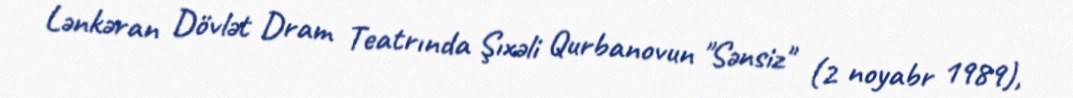
Lənkəran Dövlət Dram Teatrında Şıxəli Qurbanovun "Sənsiz" (2 noyabr 1989),